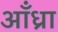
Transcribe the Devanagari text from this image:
आँध्रा